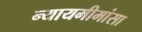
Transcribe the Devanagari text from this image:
न्यायमीमांसा